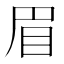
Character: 眉